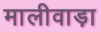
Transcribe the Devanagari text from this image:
मालीवाड़ा